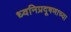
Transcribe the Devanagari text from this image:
ध्वनिप्रदूषणाच्या